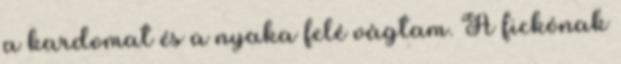
a kardomat és a nyaka felé vágtam. A fickónak